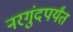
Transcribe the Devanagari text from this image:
नरगुंदपर्यंत